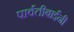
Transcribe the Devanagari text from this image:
पार्वतीबाईंनी